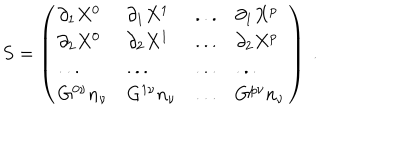
S = \left( \begin{array} { l l l l } { { \partial _ { 1 } X ^ { 0 } } } & { { \partial _ { 1 } X ^ { 1 } } } & { { . . . } } & { { \partial _ { 1 } X ^ { p } } } \\ { { \partial _ { 2 } X ^ { 0 } } } & { { \partial _ { 2 } X ^ { 1 } } } & { { . . . } } & { { \partial _ { 2 } X ^ { p } } } \\ { { . . . } } & { { . . . } } & { { . . . } } & { { . . . } } \\ { { G ^ { 0 \nu } n _ { \nu } } } & { { G ^ { 1 \nu } n _ { \nu } } } & { { . . . } } & { { G ^ { p \nu } n _ { \nu } } } \\ \end{array} \right) \ .